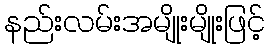
နည်းလမ်းအမျိုးမျိုးဖြင့်